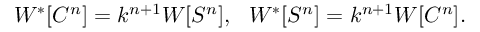
W ^ { * } [ C ^ { n } ] = k ^ { n + 1 } W [ S ^ { n } ] , ~ ~ W ^ { * } [ S ^ { n } ] = k ^ { n + 1 } W [ C ^ { n } ] .